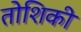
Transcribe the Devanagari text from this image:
तोशिकी